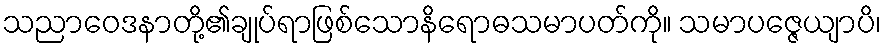
သညာဝေဒနာတို့၏ချုပ်ရာဖြစ်သောနိရောဓသမာပတ်ကို။ သမာပဇ္ဇေယျာပိ၊